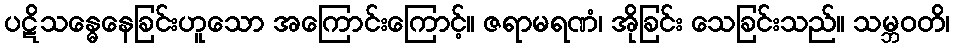
ပဋိသန္ဓေနေခြင်းဟူသော အကြောင်းကြောင့်။ ဇရာမရဏံ၊ အိုခြင်း သေခြင်းသည်။ သမ္ဘဝတိ၊